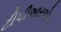
ટીપીઆરએમ